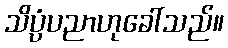
သိပ္ပံပညာဟုခေါ်သည်။